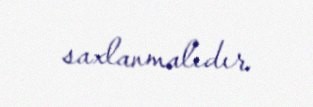
saxlanmalıdır.